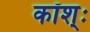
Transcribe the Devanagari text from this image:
कॉश्ः